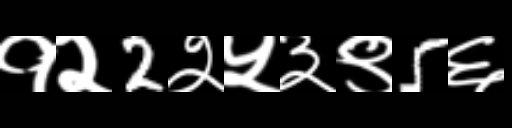
Text: १२2२५३९5६